65_HS1-834228961_62-HQ-83894_Section_9
Agency: FBI
Page 129
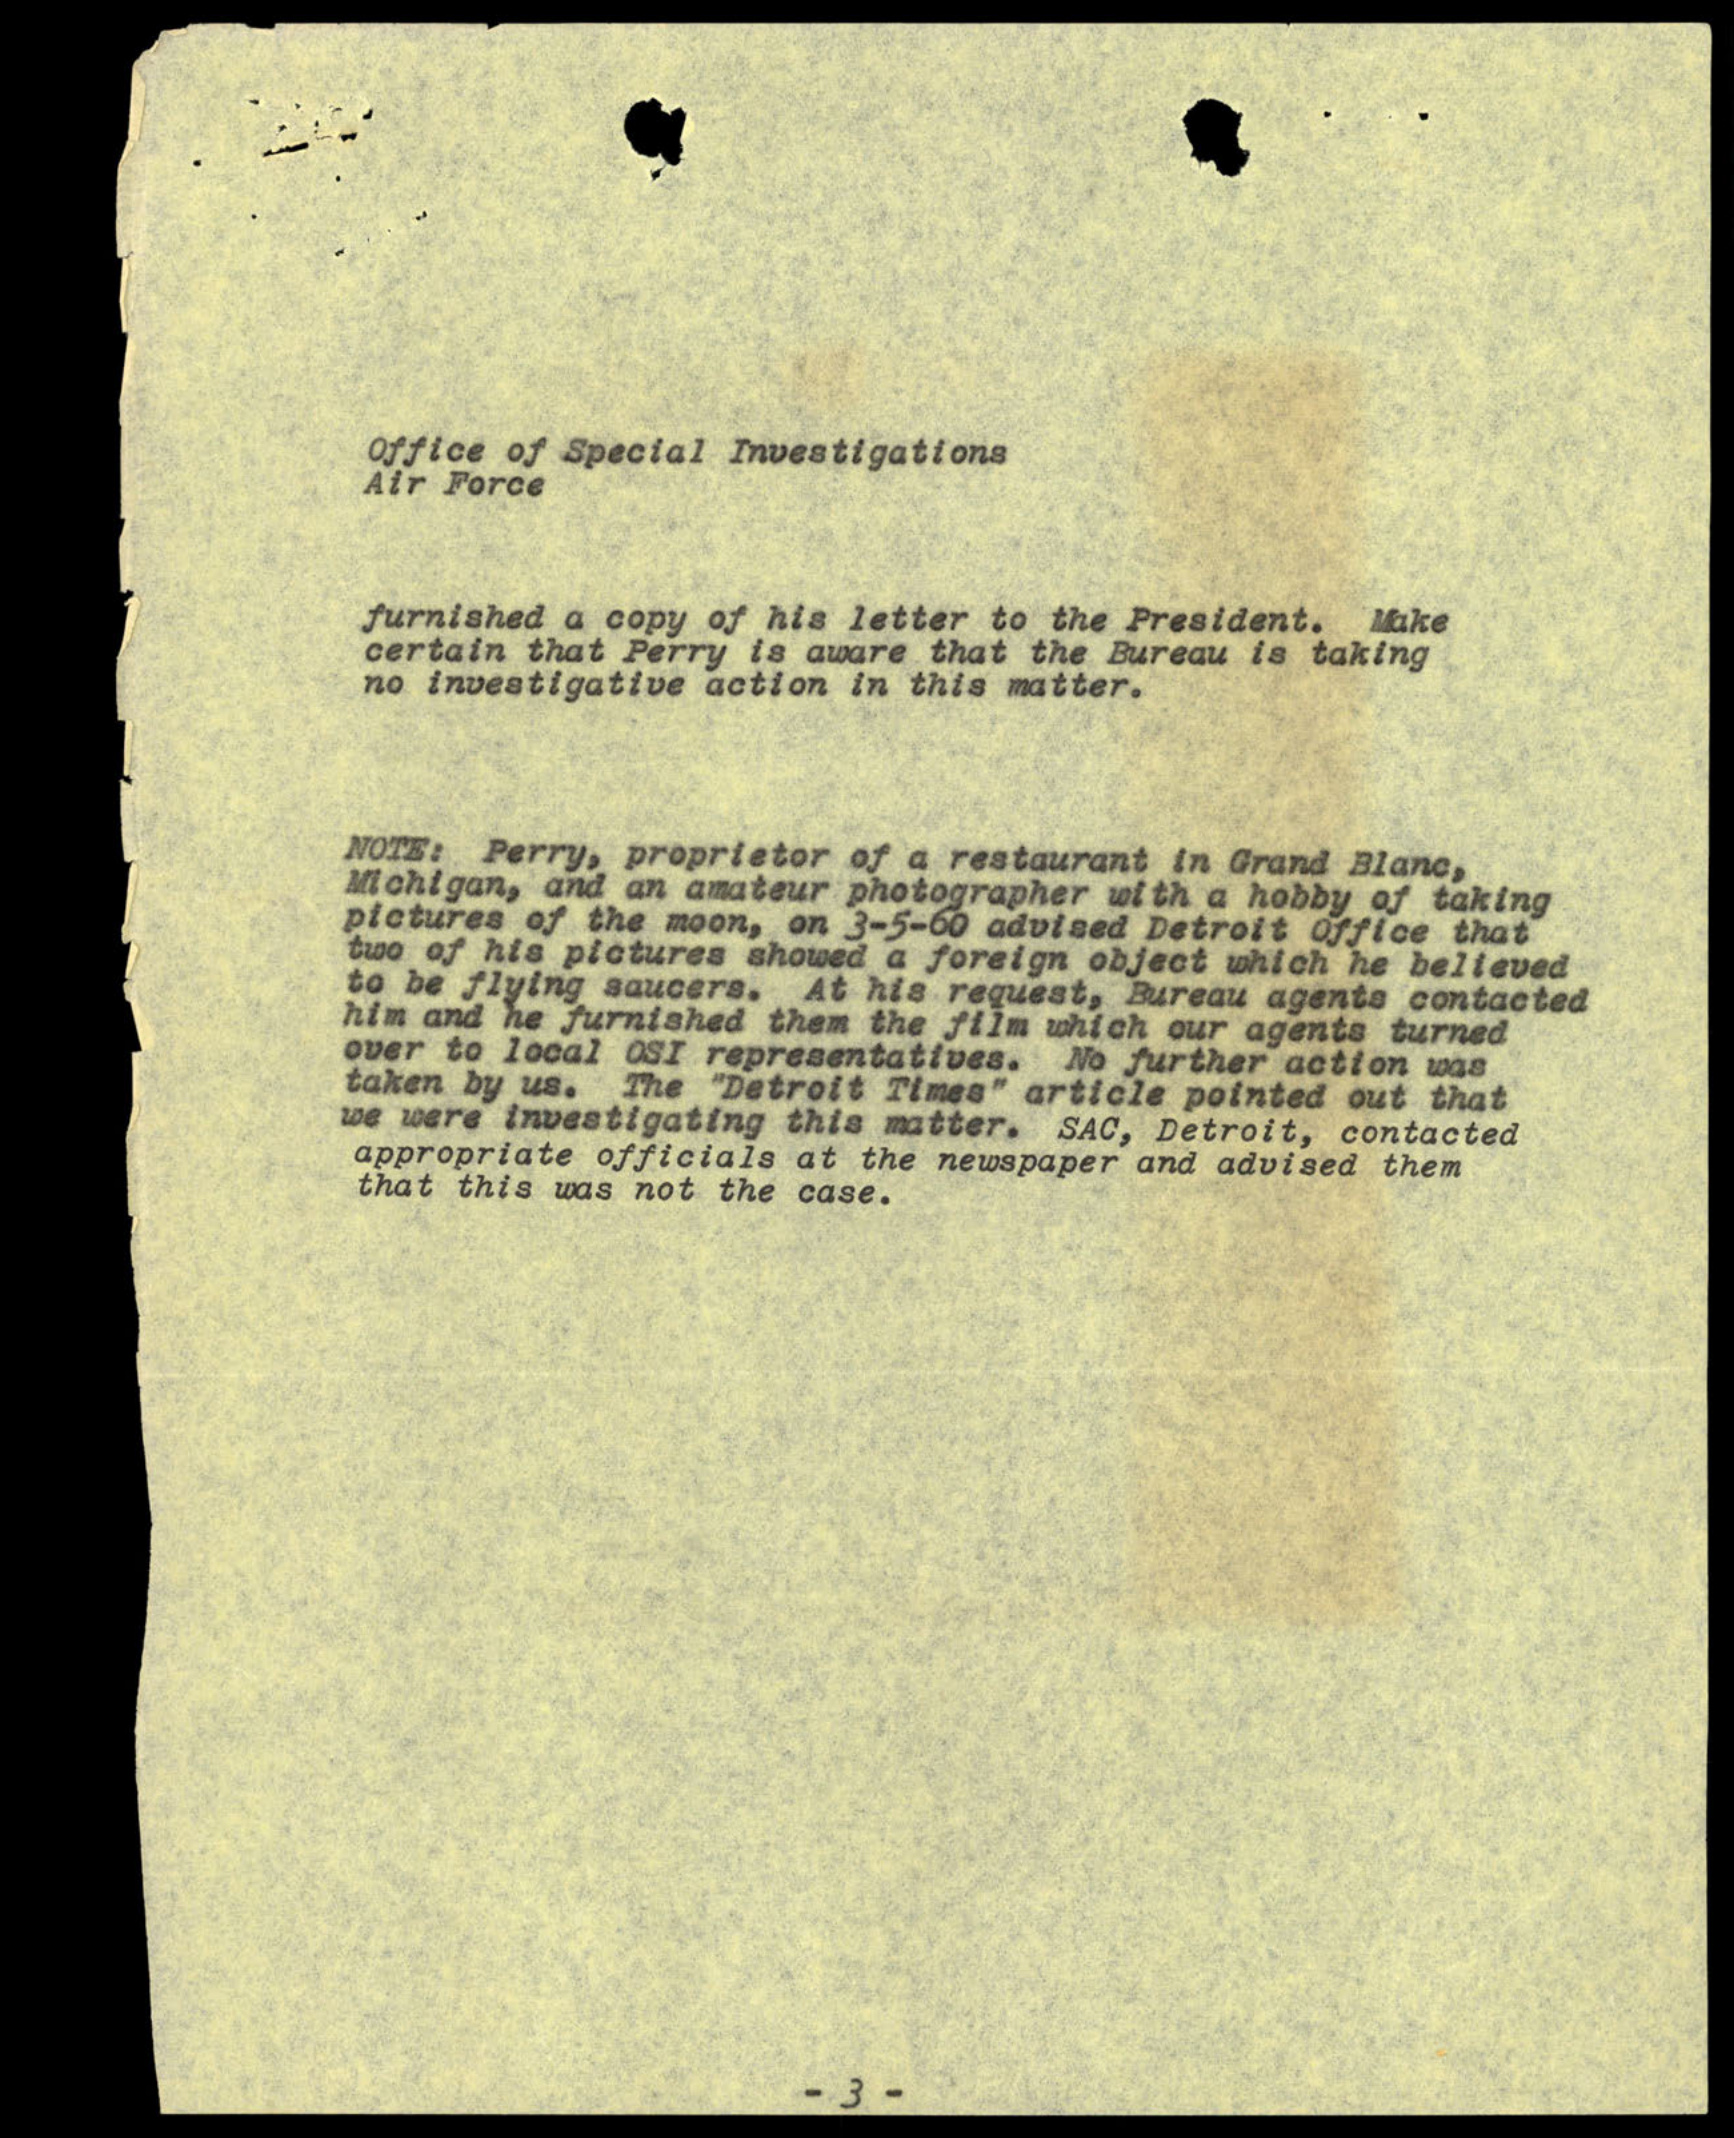